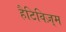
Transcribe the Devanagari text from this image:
हैटिविज़्म